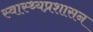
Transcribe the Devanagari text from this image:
स्वास्थ्यप्रशासन